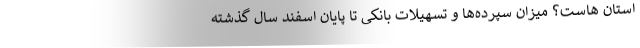
استان هاست؟ میزان سپرده‌ها و تسهیلات بانکی تا پایان اسفند سال گذشته